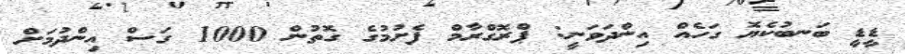
ޑީޑީ ބަނބުކެޔޮ ގަހެއް އިންދަވަނީ: ޕްރޮގްރާމް ފެށުމުގެ ގޮތުން 1000 ގަސް އިންދުމަށް